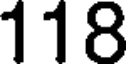
118